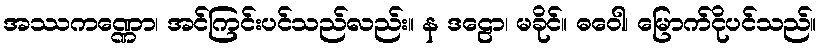
အဿကဏ္ဏော၊ အင်ကြင်းပင်သည်လည်း။ န ဒဠော၊ မခိုင်။ ဓဝေါ၊ မြောက်ငိုပင်သည်။